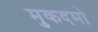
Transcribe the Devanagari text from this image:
मुकदमो